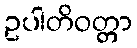
ဥပါတိဝတ္တာ